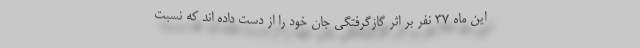
این ماه ۳۷ نفر بر اثر گازگرفتگی جان خود را از دست داده اند که نسبت